Kaarli_(Someru)_vallavalitsus, lk 4
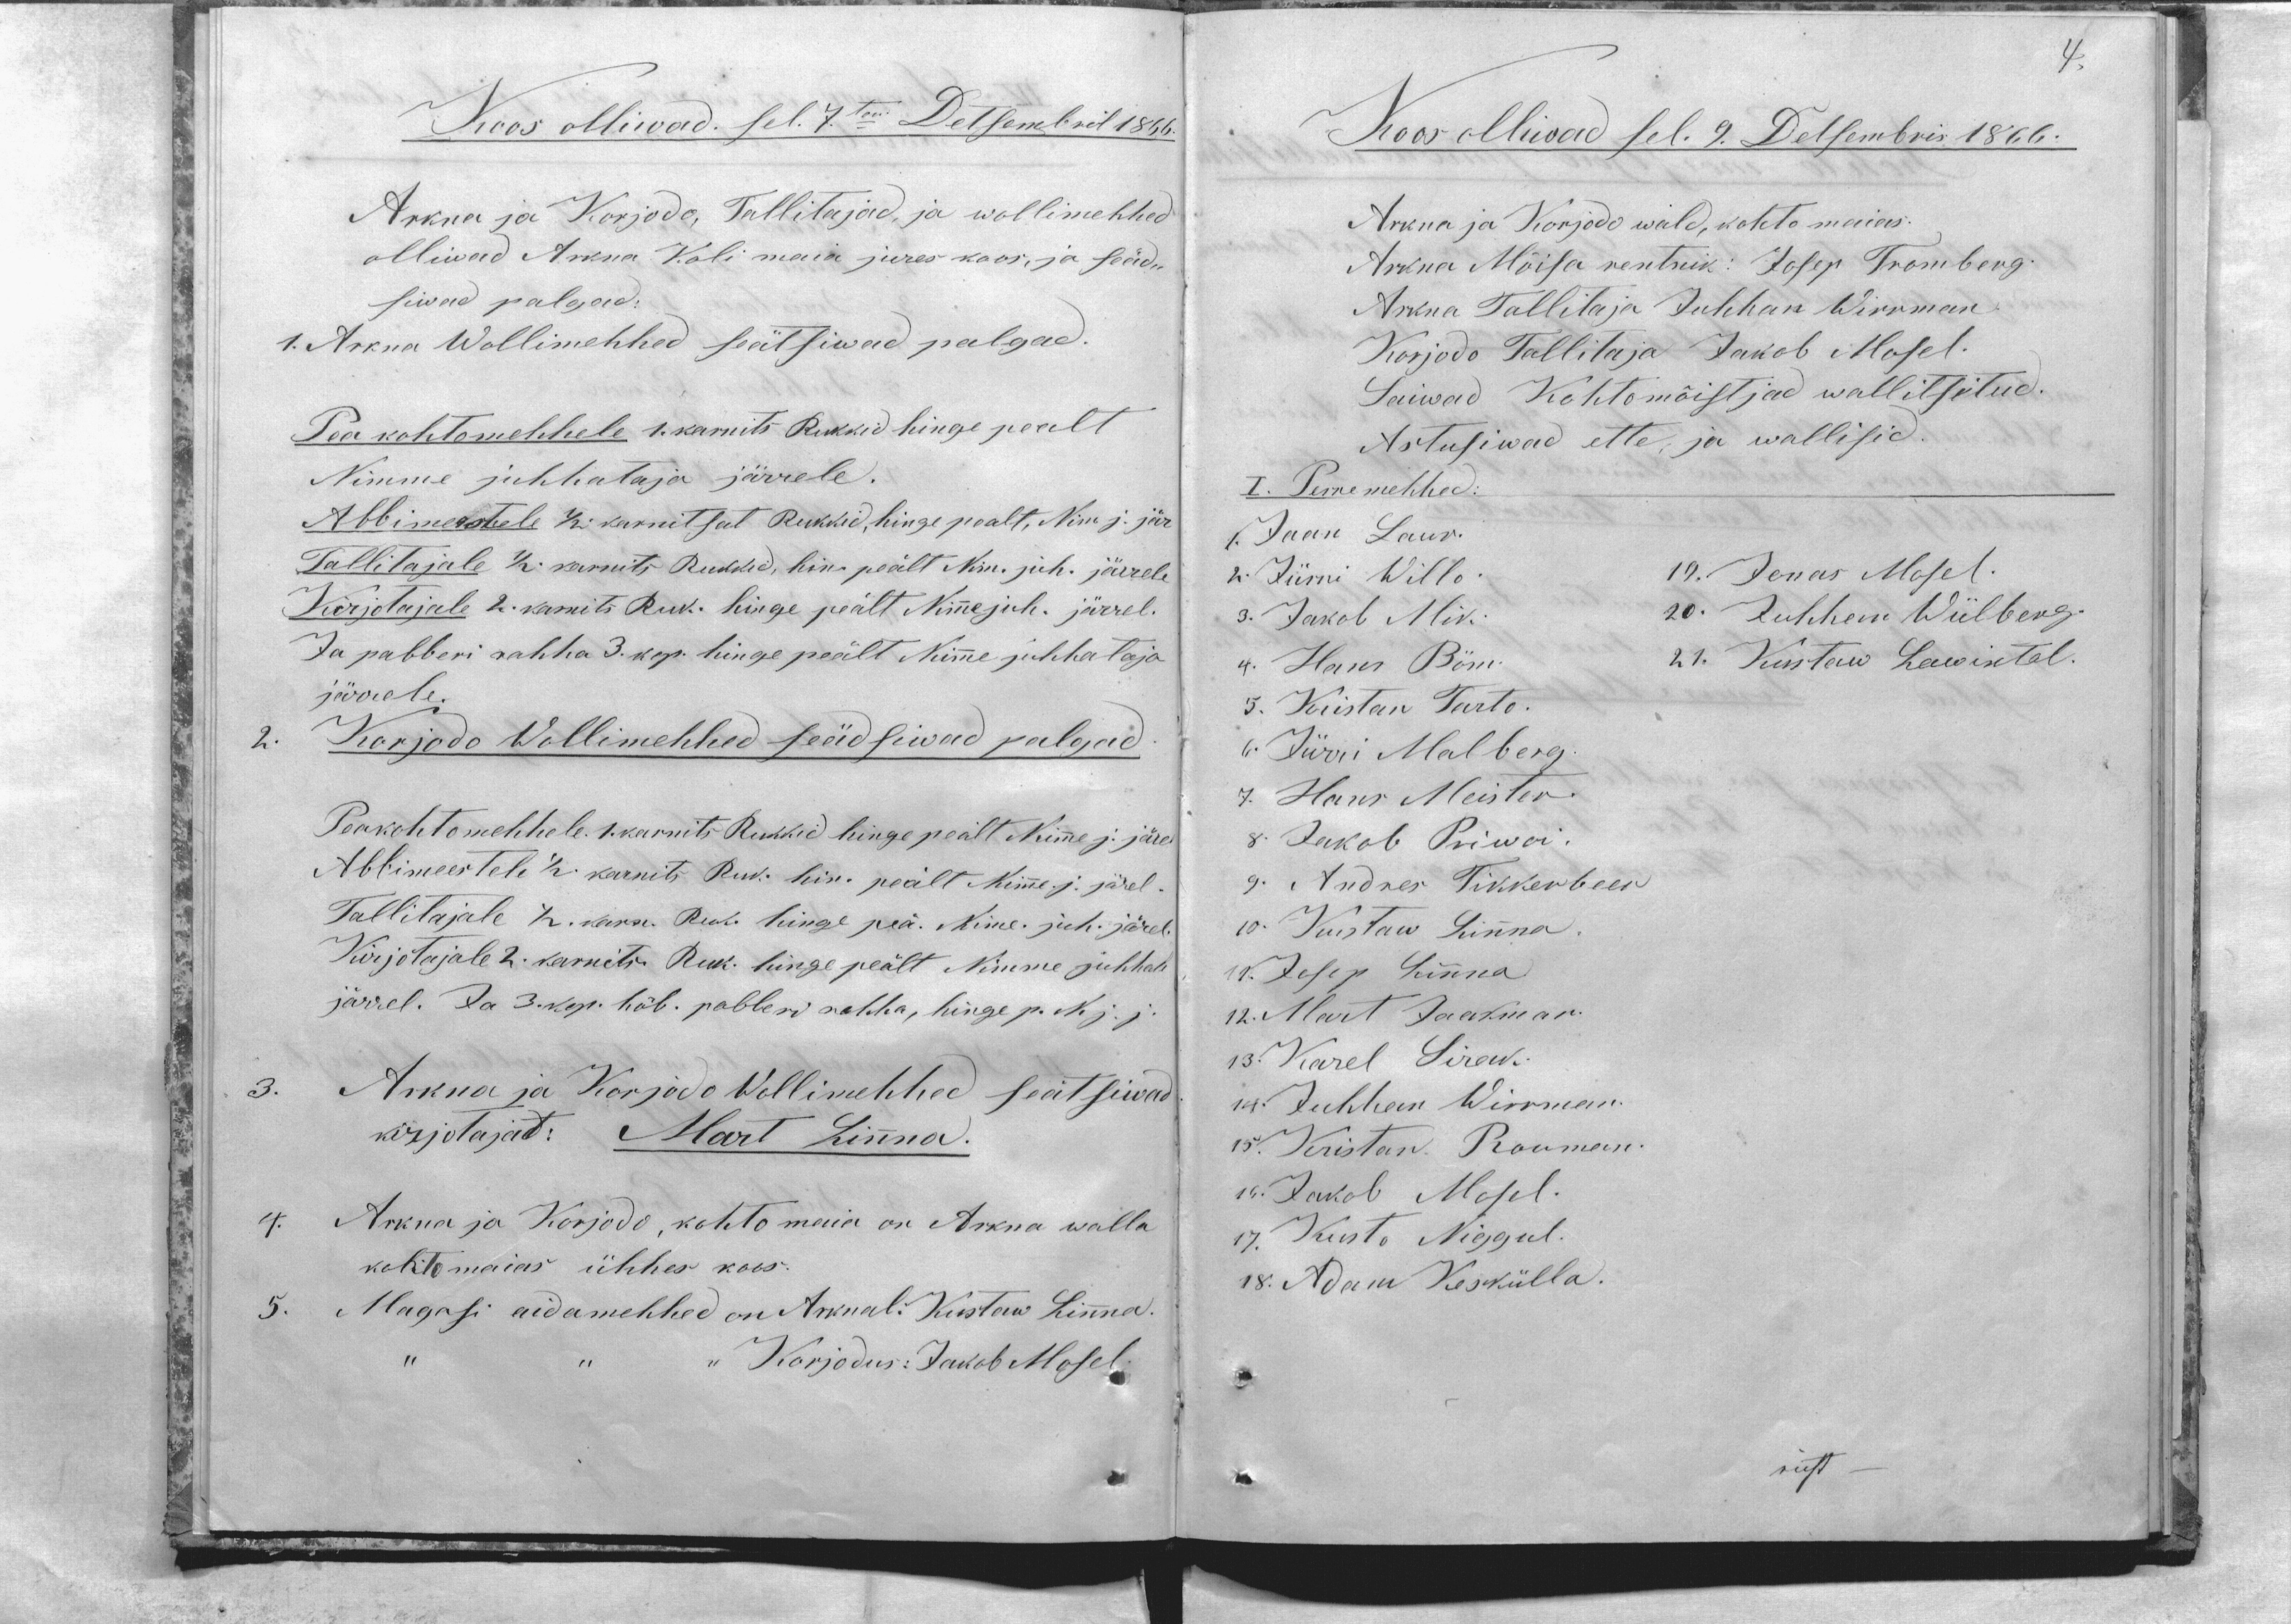
Koos olliwad sel 7ten Detsembril 1866.
Arkna ja Korjode, Tallitajad, ja wollimehhed
olliwad Arkna Koli maia jures koos, ja seäd-
siwad palgad:
1. Arkna Wollimehhed seätsiwad palgad.
Pea kohtomehhele 1. karnits Rukkid hinge pealt
Nimme juhhataja järrele.
Abbimeestele 1/2 karnitsat Rukkid, hinge pealt, Nim j. jär
Tallitajale 1/2 karnits Rukkid, hin. peält Nim.juh. järrele
Kirjotajale 2. karnits Ruk. hinge peält Nimme juh. järrel.
Ja paberi rahha 3. kop. hinge peält Nimme juhhataja
järrele.
2. Korjodo Wollimehhed seädsiwad palgad
Peakohtomehhele 1 karnits Rukkid hinge peält Nimme j. järel
Abbimeertele 1/2 karnits Ruk. hin. peält Nimme j. järel.
Tallitajale 1/2 karn. Ruk. hinge peä. Nime. juh. järel.
Kirjotajale 2. karnits Ruk. hinge peält Nimme juhhale
järrel. Ja 3. kop. hõb. pabberi rahha, hinge p. N. j. j.
3. Arkna ja Korjodo Wollimehhed seätsiwad
kirjotajat: Mart Linna.
4. Arkna ja Korjodo, kohto maia on Arkna walla
kohtomaias ühhes koos.
5. Magasi aidamehhed on Arknal: Kustaw Linna.
,, ,, ,, Korjodus: Jakob Mosel.

4.
Koos olliwad sel. 9. Detsembris 1866.
Arkna ja Korjodo wald, kohto maias:
Arkna Mõisa rentnik: Josep Tromberg
Arkna Tallitaja Juhhan Wirrman
Korjodo Tallitaja Jakob Mosel.
Saiwad Kohtomõistjad wallitsetud.
Astusiwad ette, ja wallisid.
I. Perremehhed
1. Jaan Laur.
2. Jürri Willo.
3. Jakob Mik.
4. Hans Böm.
5. Kristan Tarto.
6. Jürri Malberg
7. Hans Meister.
8. Jakob Priwoi.
9. Andres Tikkerbeer
10. Kustaw Linna
11. Josep Linna
12. Mart Jaakman.
13. Karel Sirak
w. Juhhan Wirrman.
15. Kristan Rouman.
15. Jakob Mosel.
17. Kusto Niggul.
18. Adam Keskülla.
19. Jonas Mosel.
20. Juhhan Wiilberg.
21. Kustaw Lawintal.